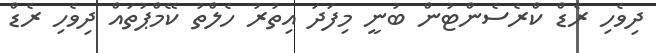
ދިވެހި ރެޑް ކްރެސެންޓުން ބުނީ މިފަދަ އިތުރު ހެލްތު ކޭމްޕުތައް ދިވެހި ރެޑް